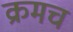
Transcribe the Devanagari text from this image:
क्रमच